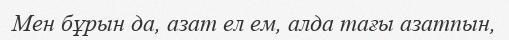
Мен бұрын да, азат ел ем, алда тағы азатпын,